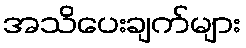
အသိပေးချက်များ